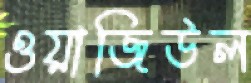
ওয়াজিউল